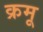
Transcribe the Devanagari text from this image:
क्रमू